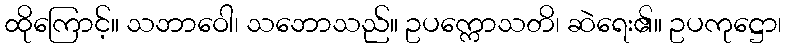
ထိုကြောင့်။ သဘာဝေါ၊ သဘောသည်။ ဥပက္ကောသတိ၊ ဆဲရေး၏။ ဥပကုဋ္ဌော၊